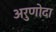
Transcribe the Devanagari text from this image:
अरुणोदा